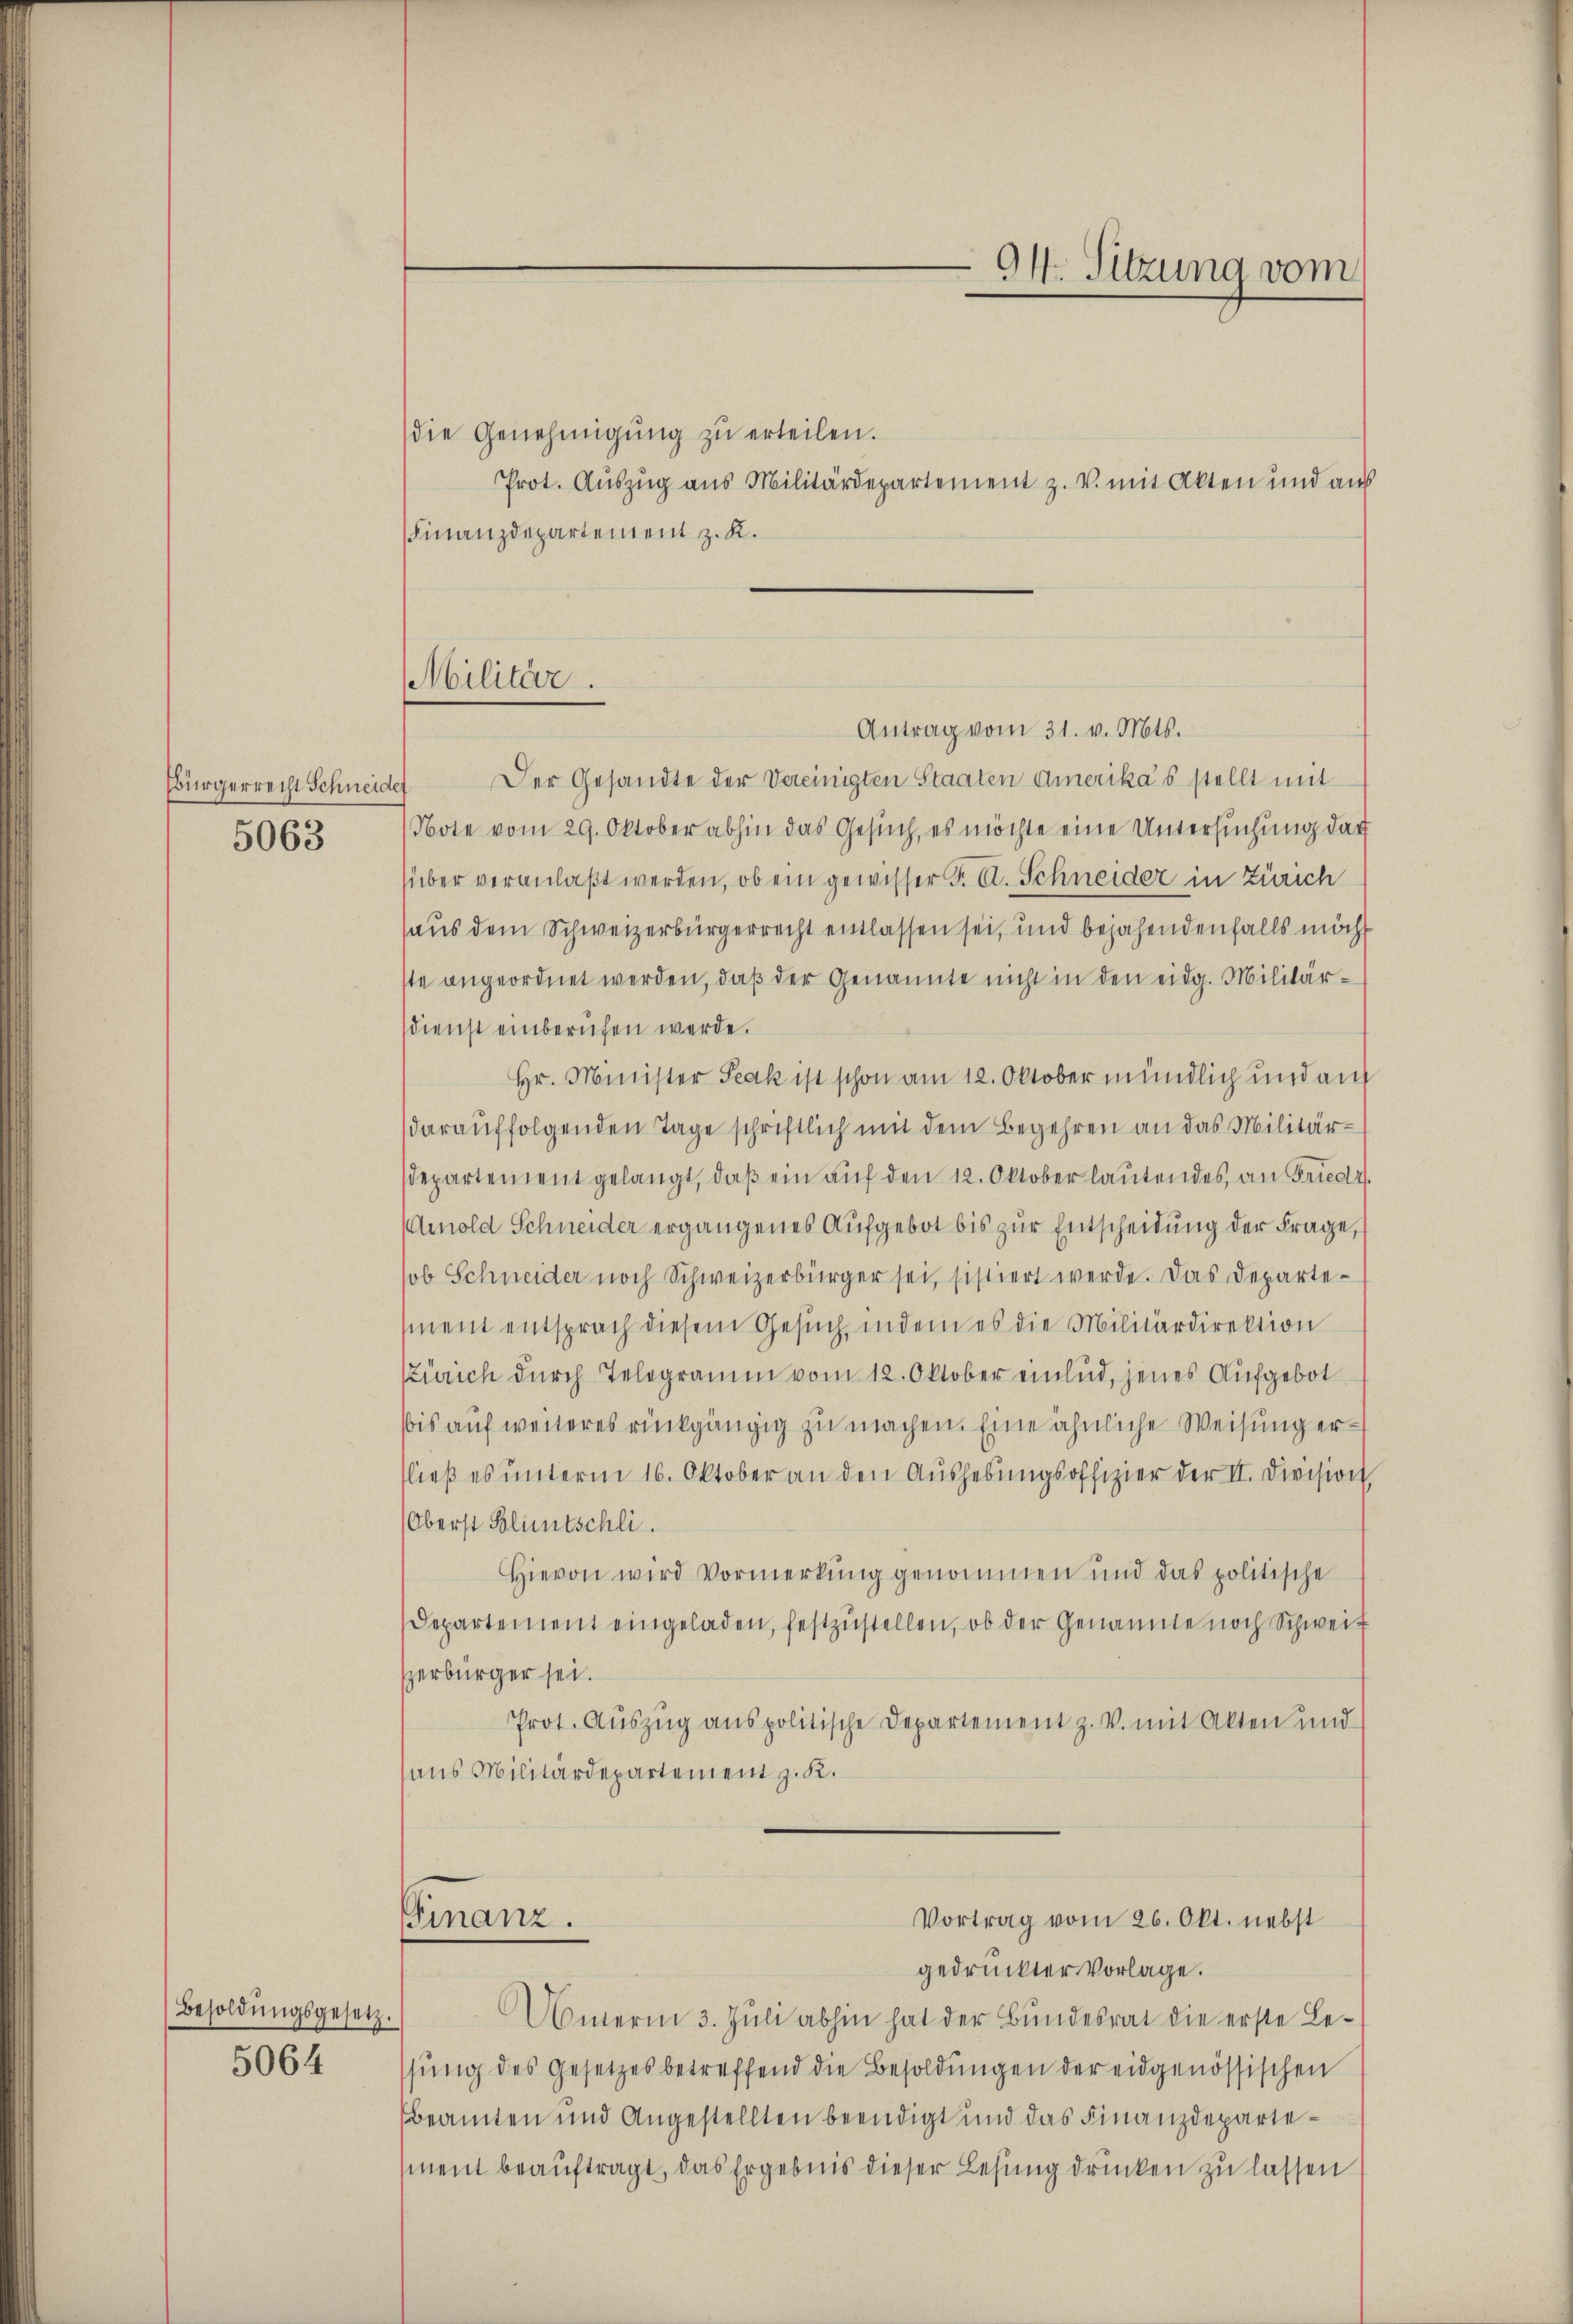
Bürgerrecht Schneid
5063

Besoldŭngsgesetz.
5064

Militär.

die Genehmigŭng zŭ erteilen.
Prot. Auszug aus Militärdepartement z. V. mit Akten und aus
Finanzdepartement z. K.
Antrag vom 31. v. Mts.
Der Gesandte der Vereinigten Staaten Amerika’s stellt mit
Note vom 29. Oktober abhin das Gesuch, es möchte eine Untersuchung dar
süber veranlaßt werden, ob ein gewisser F. A. Schneider in Zürich
haus dem Schweizerbürgerrecht entlassen sei, und bejahendenfalls möch
ste angeordnet werden, daß der Genannte nicht in den eidg. Militärdienst einberufen werde.
Hr. Minister Szak ist schon am 12. Oktober mündlich und auf
darauffolgenden Tage schriftlich mit dem Begehren an das Militärdepartement gelangt, daβ ein auf den 12. Oktober lautendes, an Friedi
Amold Schneider ergangenes Aufgebot bis zur Entscheidung der Frage,
sob Schneider noch Schweizerbürger sei, sistiert werde. Das Departe-
ment entsprach diesem Gesuch, indem es die Militärdirektion
Zürich dŭrch Telegramm vom 12. Oktober einlud, jenes Aufgebot
bis auf weiteres rückgängig zu machen. Eine ähnliche Weisung erfließ es unterm 16. Oktober an den Aushebungsoffizier der II. Division,
(Oberst Bluntschli
Hievon wird Vormerkung genommen und das politische
Departement eingeladen, festzŭstellen, ob der Genannte noch Schweiz
zerbürger sei.
Prot. Auszug aus politische Departement z. v. mit Akten und
aus Militärdepartement z. K.
Vortrag vom 26. Okt. nebst
FFinanz.
gedruckter Vorlage.
Amerin 3. Juli abhin hat der Bundesrat die erste Lessŭng des Gesetzes betreffend die Besoldŭngen der eidgenössischen
beamten und Angestellten beendigt und das Finanzdepartement beauftragt, das Ergebnis dieser Lesung drücken zu lassen

94. Sitzung vom